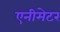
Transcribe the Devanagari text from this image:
एनीमेटर